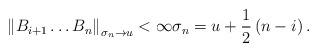
LaTeX: \begin{align*}\left\Vert B_{i+1}\dots B_{n}\right\Vert _{\sigma_{n}\rightarrow u}<\infty\sigma_{n}=u+\frac{1}{2}\left( n-i\right) .\end{align*}